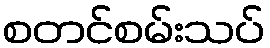
စတင်စမ်းသပ်